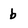
Character: b